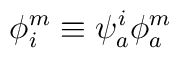
\phi^m_i \equiv \psi_a^i \phi^m_a